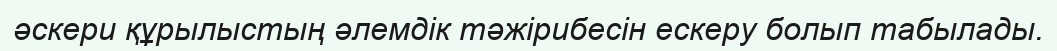
әскери құрылыстың әлемдік тәжірибесін ескеру болып табылады.